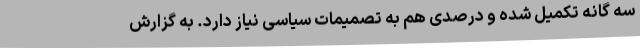
سه گانه تکمیل شده و درصدی هم به تصمیمات سیاسی نیاز دارد. به گزارش